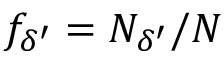
f _ { \delta ^ { \prime } } = N _ { \delta ^ { \prime } } / N